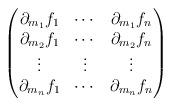
LaTeX: \begin{align*} \begin{pmatrix} \partial_{m_1} f_1 &\cdots &\partial_{m_1} f_n \\ \partial_{m_2} f_1 &\cdots &\partial_{m_2} f_n \\ \vdots &\vdots &\vdots \\ \partial_{m_n} f_1 &\cdots &\partial_{m_n} f_n \end{pmatrix} \end{align*}